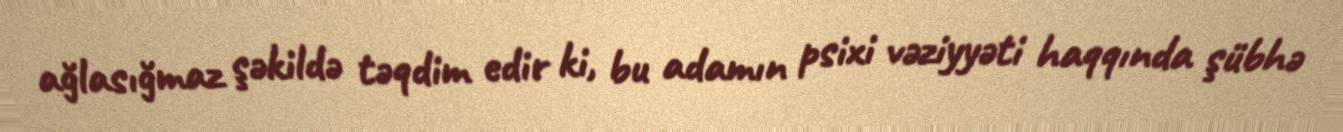
ağlasığmaz şəkildə təqdim edir ki, bu adamın psixi vəziyyəti haqqında şübhə